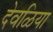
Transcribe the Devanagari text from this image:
देवळिया